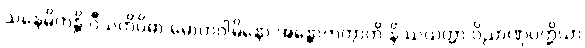
သနေမိကန္တိ ဝီသတိဝိဓာ မောဟဂါမိနော အန္တောကတွာတိ နိဿယတ္တာ ဝိညာဏုပ္ပတ္တိယာ